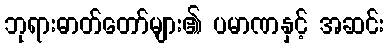
ဘုရားဓာတ်တော်များ၏ ပမာဏနှင့် အဆင်း